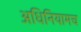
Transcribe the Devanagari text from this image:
अधिनियामच